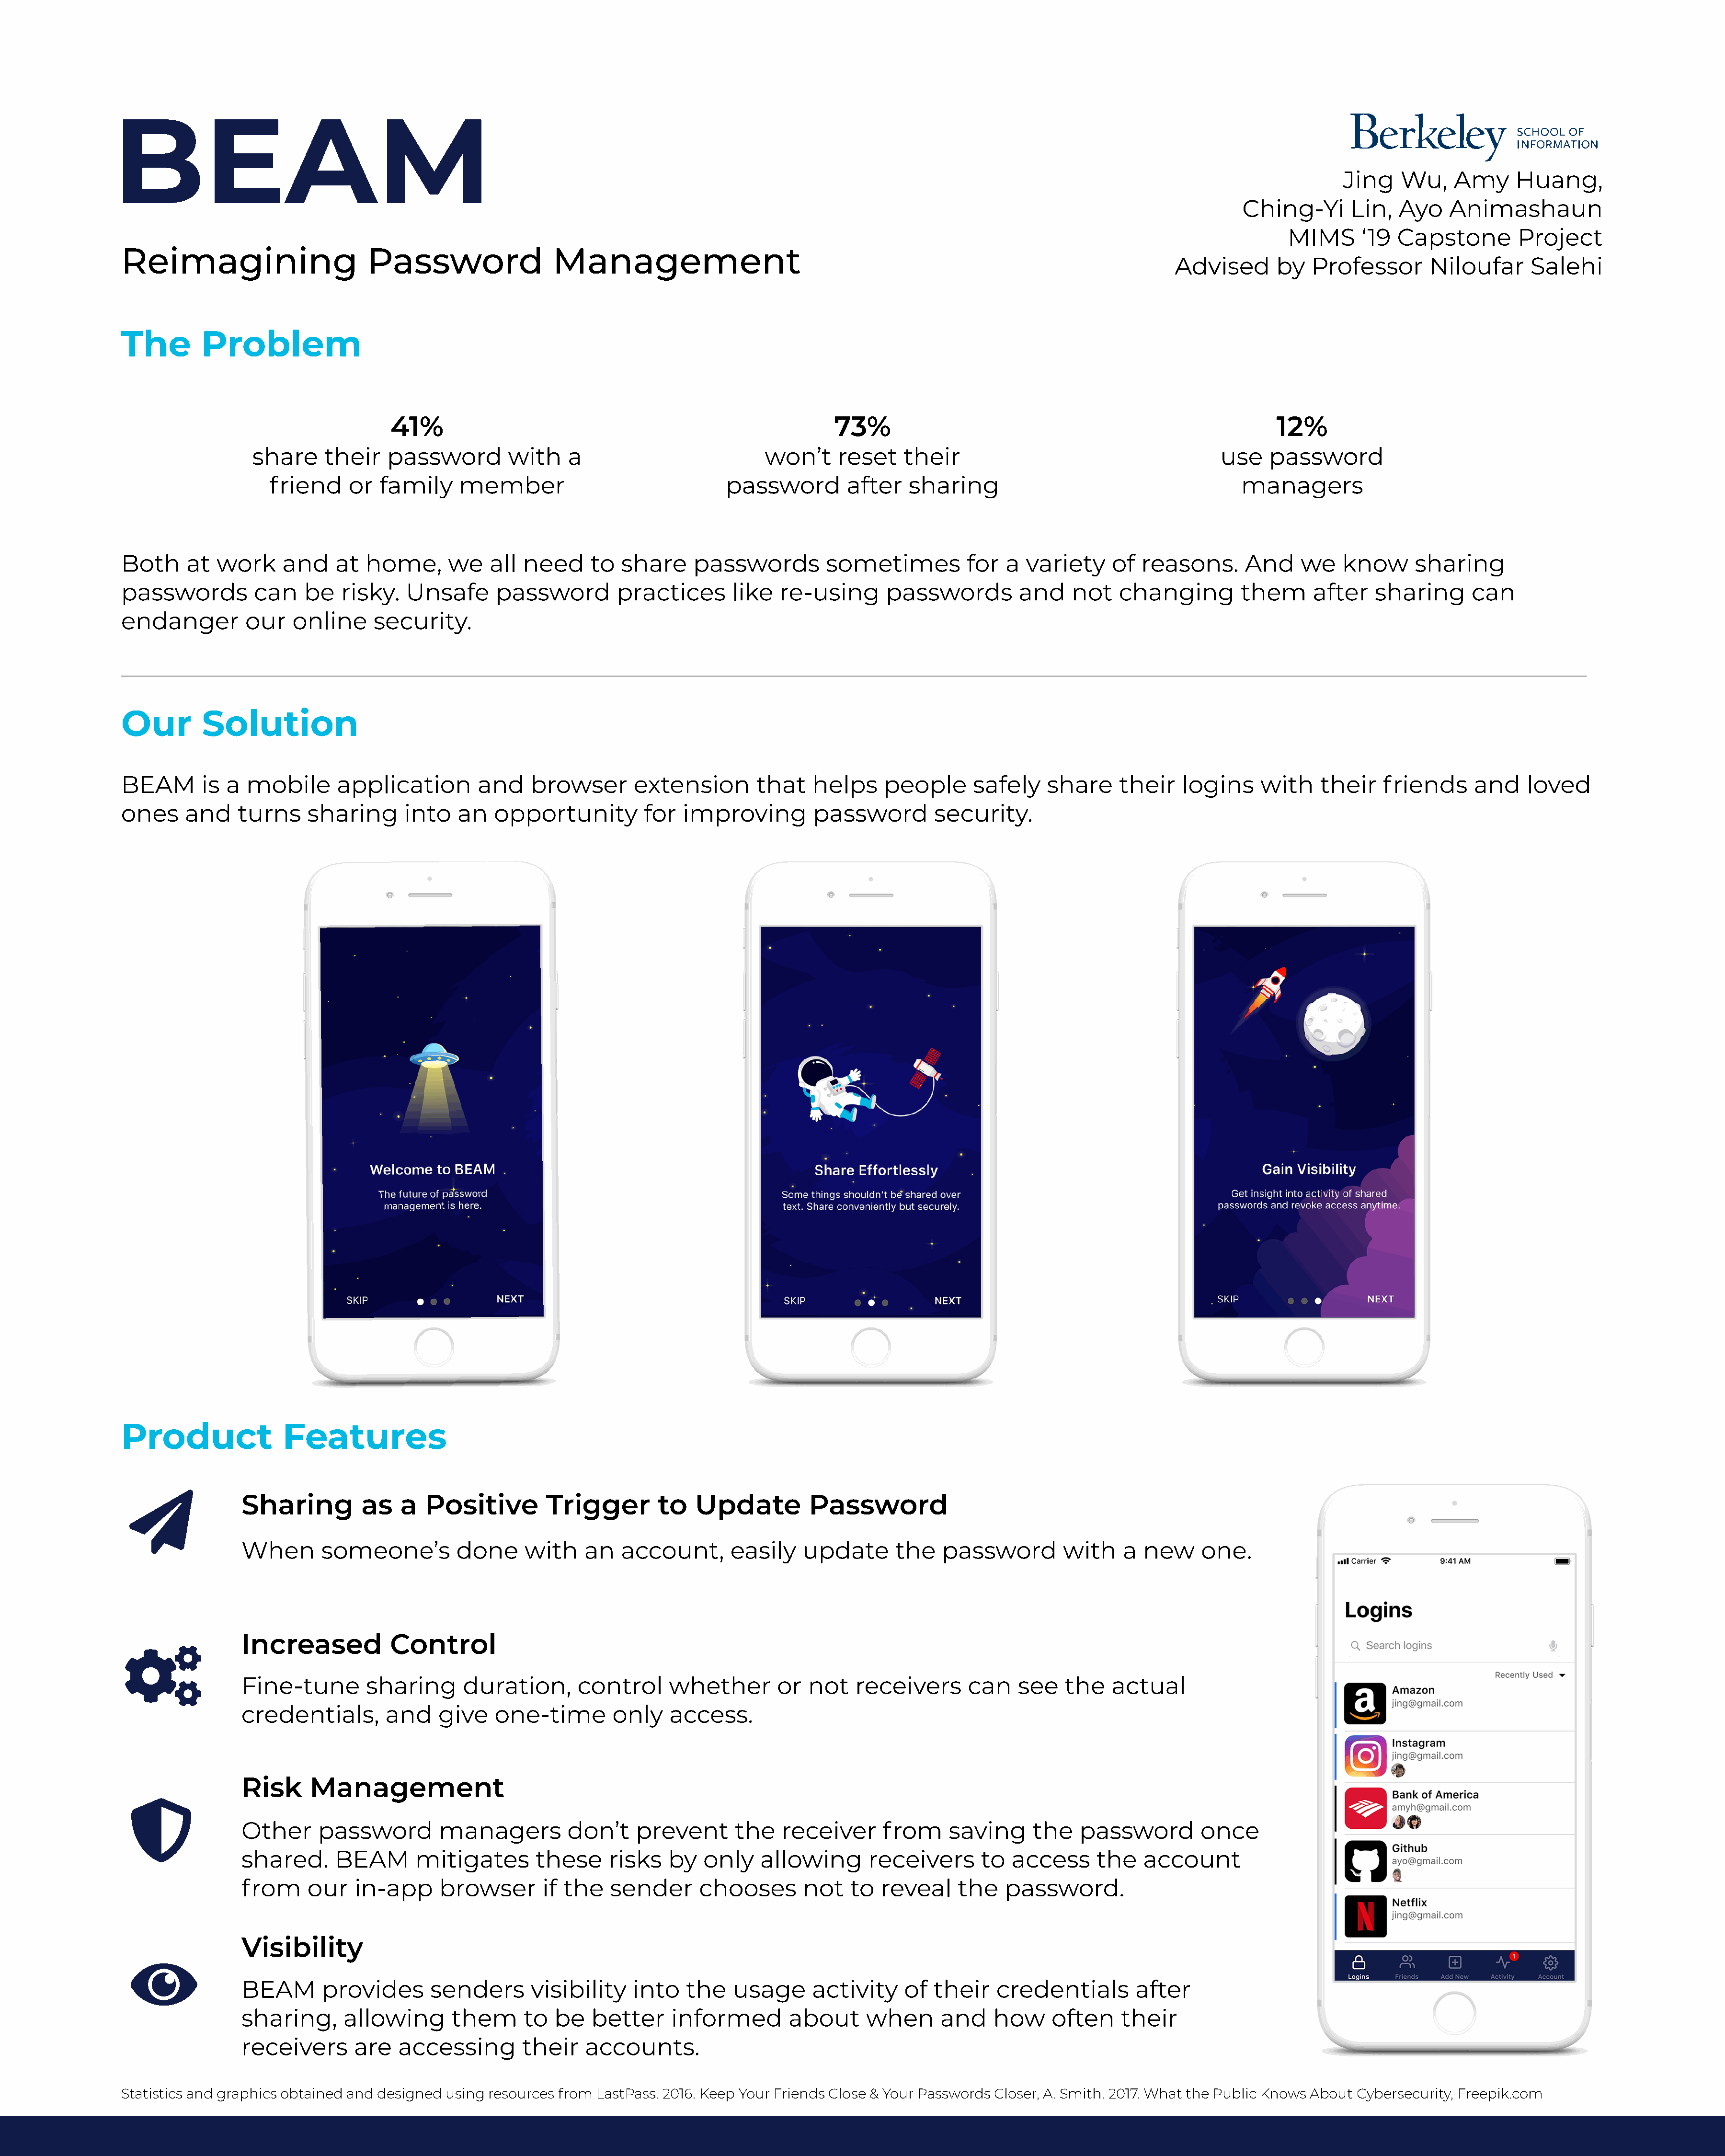
BEAM
 Jing   Wu,     Amy     Huang,
 Ching-Yi       Lin,  Ayo    Animashaun
 MIMS      ‘19  Capstone         Project
 Reimagining                       Password                 Management
 Advised       by   Professor       Niloufar      Salehi
 The        Problem
 41%                                                          73%                                                          12%
 share     their   password         with    a                           won’t     reset    their                                       use   password
 friend     or  family     member                               password         after    sharing                                      managers
 Both     at  work     and    at  home,       we    all need      to  share     passwords         sometimes           for  a  variety     of  reasons.      And     we   know      sharing
 passwords         can    be   risky.   Unsafe      password         practices       like   re-using      passwords          and    not    changing        them      after    sharing      can
 endanger         our   online      security.
 Our        Solution
 BEAM       is a  mobile       application        and    browser        extension       that    helps     people      safely     share     their   logins     with    their    friends      and    loved
 ones     and    turns    sharing       into   an   opportunity          for  improving         password         security.
 Product               Features
 Sharing          as   a   Positive        Trigger         to   Update          Password
 When       someone’s          done     with     an   account,       easily    update       the   password         with    a  new     one.
 Increased            Control
 Fine-tune         sharing      duration,       control     whether        or   not   receivers       can    see   the    actual
 credentials,        and     give   one-time         only   access.
 Risk      Management
 Other      password         managers         don’t     prevent       the   receiver      from     saving      the   password         once
 shared.      BEAM       mitigates        these     risks   by   only    allowing       receivers       to  access     the    account
 from     our    in-app      browser       if the   sender       chooses       not   to   reveal    the    password.
 Visibility
 BEAM       provides       senders       visibility    into    the   usage      activity     of  their    credentials        after
 sharing,      allowing       them      to   be   better     informed        about      when      and    how     often     their
 receivers       are   accessing        their    accounts.
 Statistics and graphics obtained and designed using resources from LastPass. 2016. Keep Your Friends Close & Your Passwords Closer, A. Smith. 2017. What the Public Knows About Cybersecurity, Freepik.com